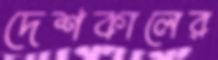
দেশকালের